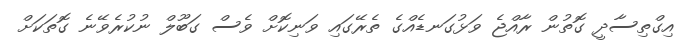
އިގްތިސާދީ ގޮތުން ރާއްޖެ ވަޅުގަނޑެއްގެ ތެރޭގައި ވަނިކޮށް ވެސް ގަބޫލް ނުކުރެވޭނެ ގޮތަކަށް